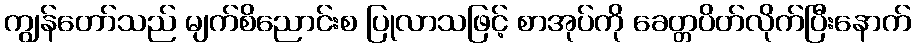
ကျွန်တော်သည် မျက်စိညောင်းစ ပြုလာသဖြင့် စာအုပ်ကို ခေတ္တပိတ်လိုက်ပြီးနောက်